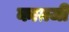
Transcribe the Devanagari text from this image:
काग़जी